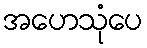
အဟေသုံပေ